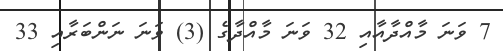
7 ވަނަ މާއްދާއާއި 32 ވަނަ މާއްދާގެ (3) ވަނަ ނަންބަރާއި 33